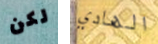
لكن الهادي